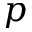
p